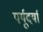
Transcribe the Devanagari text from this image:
पर्यूदर्या